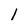
Character: l